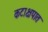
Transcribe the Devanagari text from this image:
कटाक्षपात